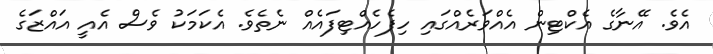
އެވެ. އޭނާގެ އެކްޓިން އެއްވަރެއްގައި ހިފެހެއްޓިފައެއް ނެތެވެ. އެކަމަކު ވެސް އެއީ އައްޒަގެ